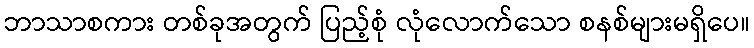
ဘာသာစကား တစ်ခုအတွက် ပြည့်စုံ လုံလောက်သော စနစ်များမရှိပေ။